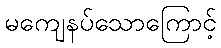
မကျေနပ်သောကြောင့်